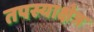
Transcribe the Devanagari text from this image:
तपस्याक्षेत्र